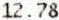
12.78